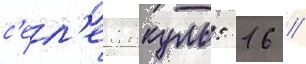
с'ел'е янкуль: 16 //